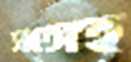
সঙ্গেহ